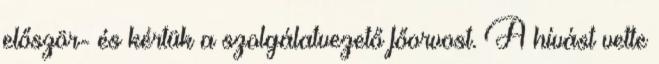
először- és kértük a szolgálatvezető főorvost. A hívást vette